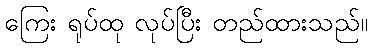
ကြေး ရုပ်ထု လုပ်ပြီး တည်ထားသည်။